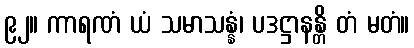
၉၂။ ကာရဏံ ယံ သမာသန္နံ၊ ပဒဋ္ဌာနန္တိ တံ မတံ။